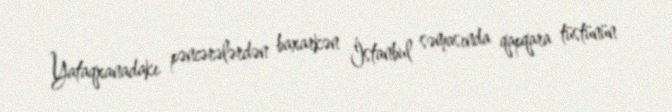
Yataqxanadakı pəncərələrdən baxarkən İstanbul səmasında qapqara tüstünün